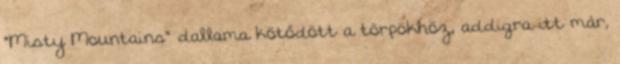
"Misty Mountains" dallama kötődött a törpökhöz, addigra itt már,